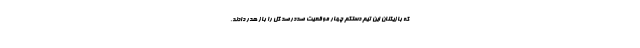
که بازیکنان این تیم دستکم چهار موقعیت صددرصد گل را باز هدر دادند،